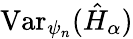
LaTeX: \mathrm{Var}_{\psi_{n}}(\hat{H}_{\alpha})